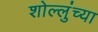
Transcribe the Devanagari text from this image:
शोल्लुंच्या